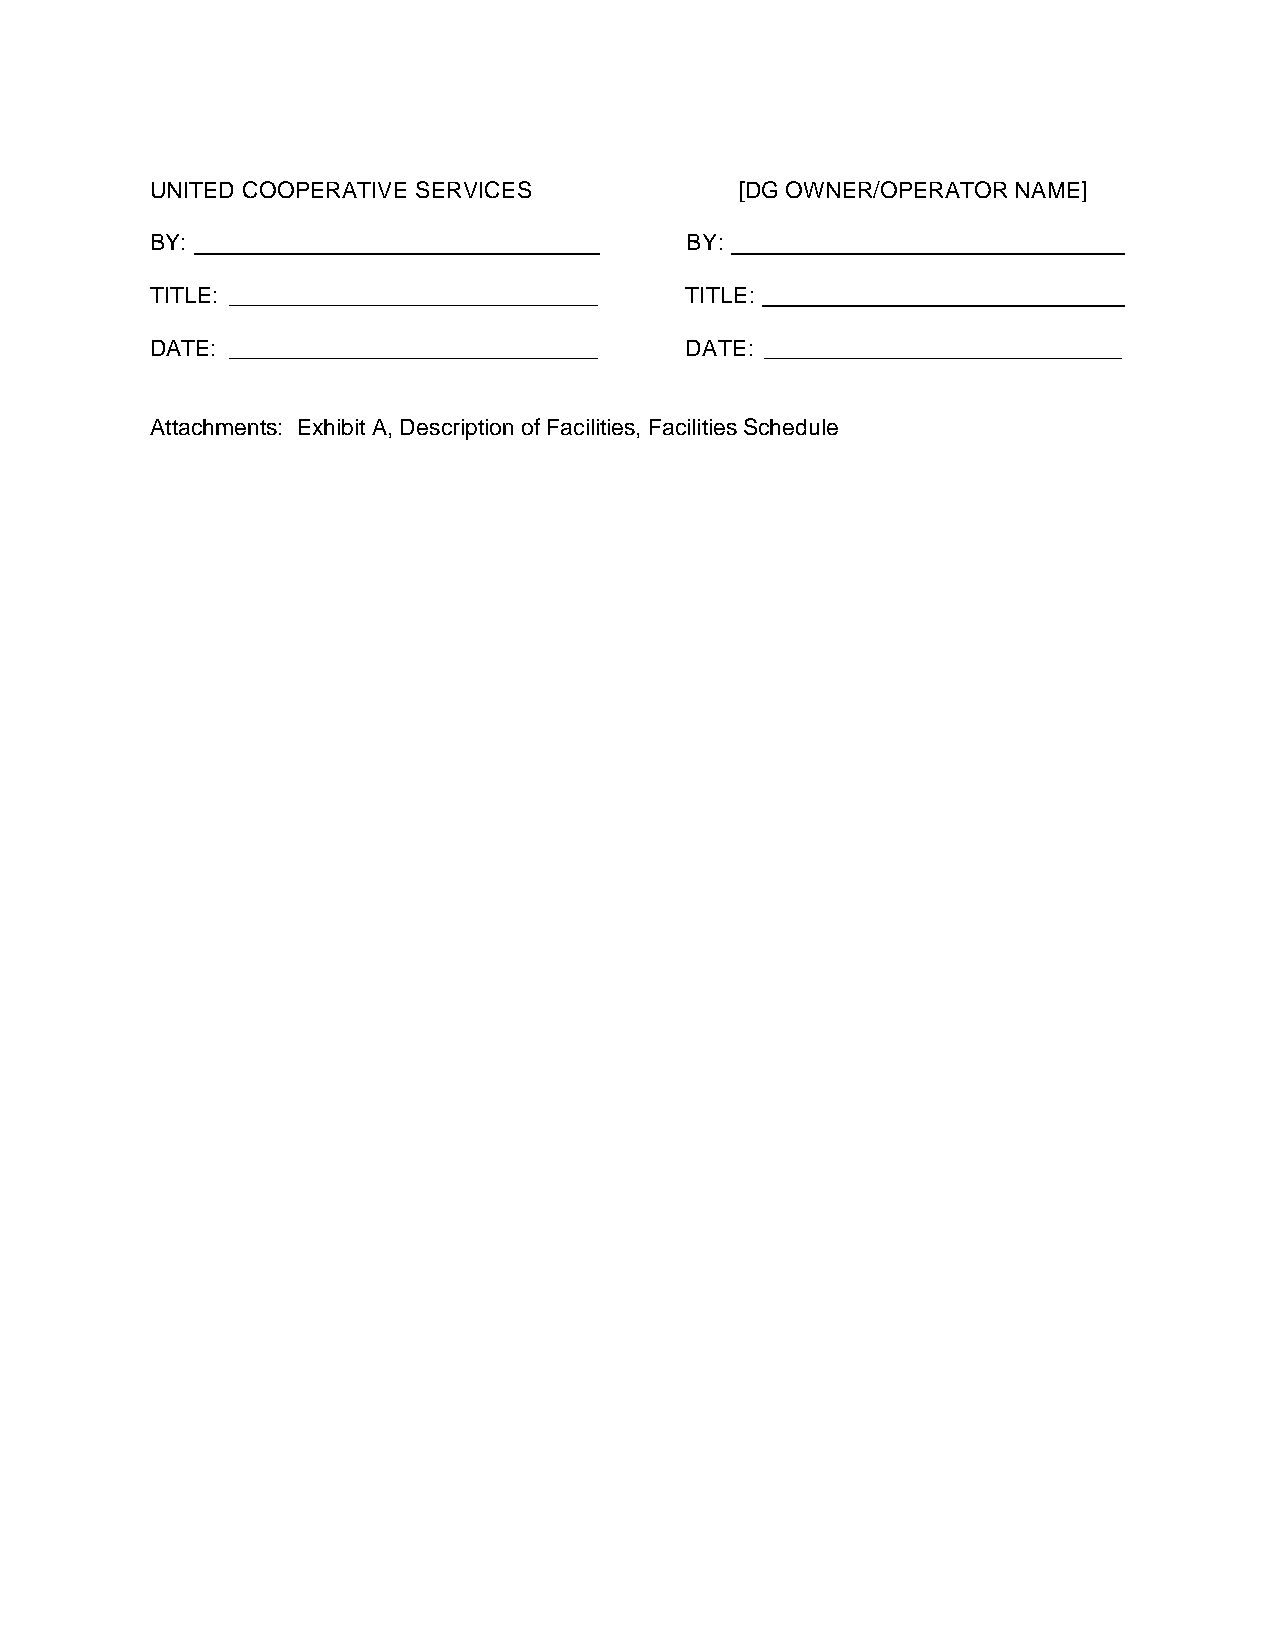
UNITED COOPERATIVE SERVICES            [DG OWNER/OPERATOR NAME]
 BY:                                BY:
 TITLE: _____________________________ TITLE: ___________________________
 DATE: _____________________________ DATE: ____________________________
 Attachments: Exhibit A, Description of Facilities, Facilities Schedule